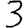
Digit: 3